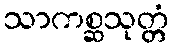
သာကစ္ဆသုတ္တံ